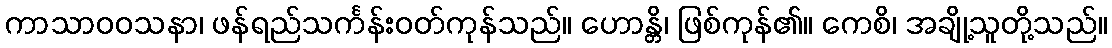
ကာသာဝဝသနာ၊ ဖန်ရည်သင်္ကန်းဝတ်ကုန်သည်။ ဟောန္တိ၊ ဖြစ်ကုန်၏။ ကေစိ၊ အချို့သူတို့သည်။